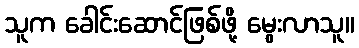
သူက ခေါင်းဆောင်ဖြစ်ဖို့ မွေးလာသူ။